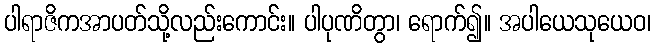
ပါရာဇိကအာပတ်သို့လည်းကောင်း။ ပါပုဏိတွာ၊ ရောက်၍။ အပါယေသုယေဝ၊